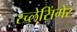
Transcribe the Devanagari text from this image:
स्च्लेसिंगेर